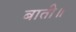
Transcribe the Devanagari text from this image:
बाती॥